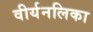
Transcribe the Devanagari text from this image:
वीर्यनलिका